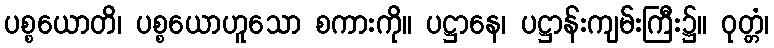
ပစ္စယောတိ၊ ပစ္စယောဟူသော စကားကို။ ပဋ္ဌာနေ၊ ပဋ္ဌာန်းကျမ်းကြီး၌။ ဝုတ္တံ၊